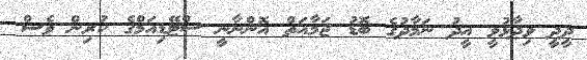
ދީދީ ވިދާޅުވީ އީދު ނަމާދުގެ ބޮޑު ޖަމާއަތް އޮންނާނީ ސްޓޭޑިއަމްގެ ކުރިން ވެސް